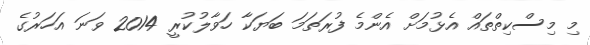
މި މިސްކިތްތައް އެޅުމަށް އެންމެ ފުރަތަމަ ބަޔަކާ ހަވާލުކުރީ 2014 ވަނަ އަހަރުގެ